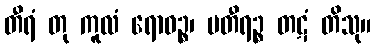
တီရံ တု ကူလံ ရောဓဉ္စ၊ ပတီရဉ္စ တဋံ တိသု။